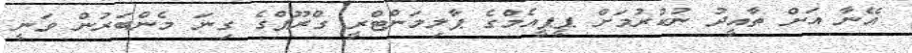
އޭނާ އަށް ތާއީދު ނުކުރުމަށް ޕީޕީއެމްގެ ޕާލިމަންޓްރީ ގްރޫޕްގެ ގިނަ މެންބަރުން ވަނީ